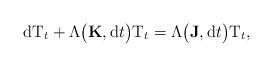
LaTeX: \begin{align*}\mathrm{d}\mathrm{T}_t+\Lambda\big(\mathbf{K},\mathrm{d}t\big)\mathrm{T}_t= \Lambda\big(\mathbf{J},\mathrm{d}t\big)\mathrm{T}_t,\end{align*}